Punjab Mental Hospital Lahore 1932-46 - 1932-1946
Year: 1932
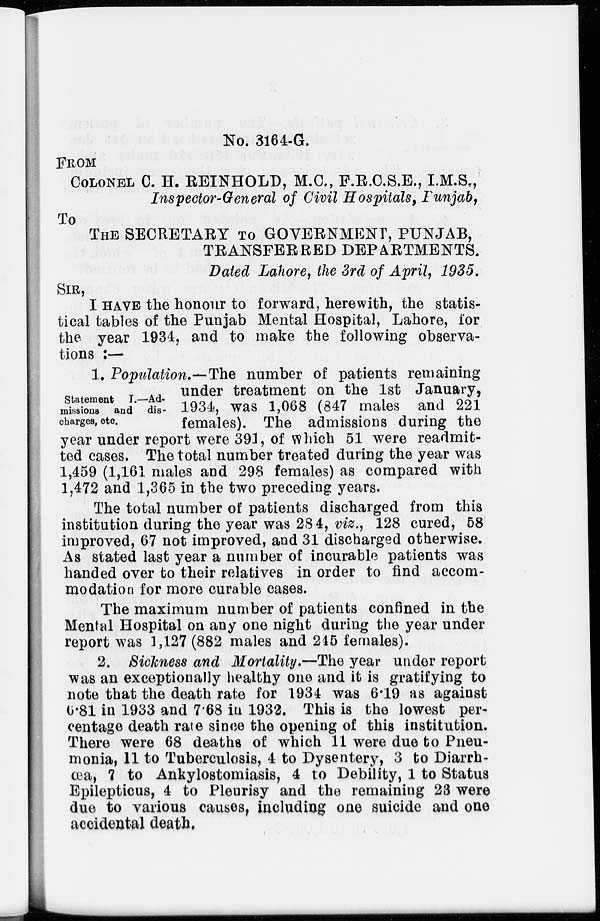
No. 3164-G.
FROM
COLONEL C. H. REINHOLD, M.C., F.R.C.S.E., I.M.S.,
Inspector-General of Civil Hospitals, Punjab,
To
THE SECRETARY TO GOVERNMENT, PUNJAB,
TRANSFERRED DEPARTMENTS.
Dated Lahore, the 3rd of April, 1935.
SIR,
I HAVE the honour to forward, herewith, the statis-
tical tables of the Punjab Mental Hospital, Lahore, for
the year 1934, and to make the following observa-
tions :—
Statement I.—Ad-
missions and dis-
charges, etc.
1. Population.—The number of patients remaining
under treatment on the 1st January,
1934, was 1,068 (847 males and 221
females). The admissions during the
year under report were 391, of which 51 were readmit-
ted cases. The total number treated during the year was
1,459 (1,161 males and 298 females) as compared with
1,472 and 1,365 in the two preceding years.
The total number of patients discharged from this
institution during the year was 284, viz., 128 cured, 58
improved, 67 not improved, and 31 discharged otherwise.
As stated last year a number of incurable patients was
handed over to their relatives in order to find accom-
modation for more curable cases.
The maximum number of patients confined in the
Mental Hospital on any one night during the year under
report was 1,127 (882 males and 245 females).
2. Sickness and Mortality.—The year under report
was an exceptionally healthy one and it is gratifying to
note that the death rate for 1934 was 6.19 as against
6.81 in 1933 and 7.68 in 1932. This is the lowest per-
centage death rate since the opening of this institution.
There were 68 deaths of which 11 were due to Pneu-
monia, 11 to Tuberculosis, 4 to Dysentery, 3 to Diarrh-
-a, 7 to Ankylostomiasis, 4 to Debility, 1 to Status
Epilepticus, 4 to Pleurisy and the remaining 23 were
due to various causes, including one suicide and one
accidental death.